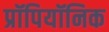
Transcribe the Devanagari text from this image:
प्रॉपियॉनिक